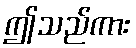
ဤသည်ကား